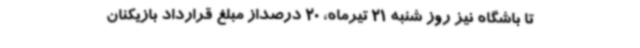
تا باشگاه نیز روز شنبه 21 تیرماه، 20 درصداز مبلغ قرارداد بازیکنان